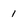
Character: 1